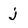
Character: j